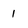
Character: 1